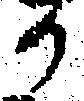
か